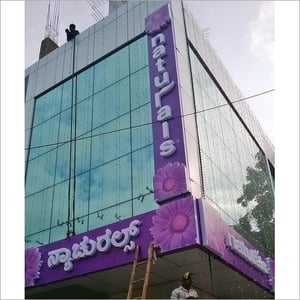
Language: kannada
Transcription: ನ್ಯಾಚುರಲ್ಸ್